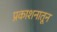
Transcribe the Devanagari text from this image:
प्रकाशनातून